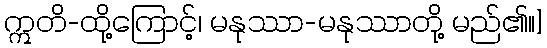
ဣတိ-ထို့ကြောင့်၊ မနုဿာ-မနုဿာတို့ မည်၏။]